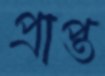
প্রাপ্ত